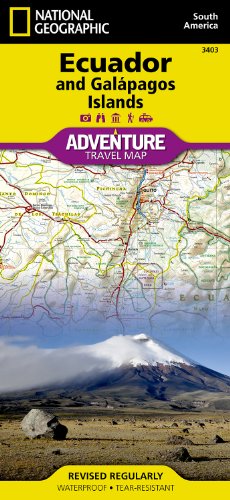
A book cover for Ecuador and Galapagos Islands (National Geographic Adventure Map); National Geographic Maps - Adventure; Travel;